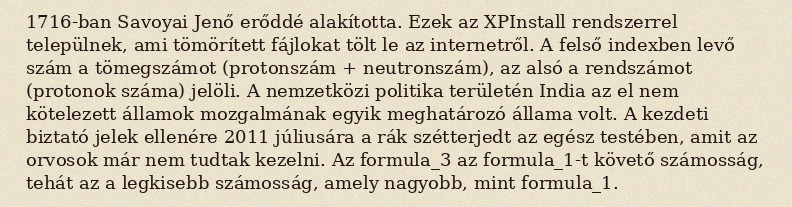
1716-ban Savoyai Jenő erőddé alakította. Ezek az XPInstall rendszerrel települnek, ami tömörített fájlokat tölt le az internetről. A felső indexben levő szám a tömegszámot (protonszám + neutronszám), az alsó a rendszámot (protonok száma) jelöli. A nemzetközi politika területén India az el nem kötelezett államok mozgalmának egyik meghatározó állama volt. A kezdeti biztató jelek ellenére 2011 júliusára a rák szétterjedt az egész testében, amit az orvosok már nem tudtak kezelni. Az formula_3 az formula_1-t követő számosság, tehát az a legkisebb számosság, amely nagyobb, mint formula_1.